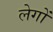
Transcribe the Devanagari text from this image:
लेगों